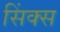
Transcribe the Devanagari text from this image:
सिंक्स